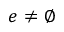
e \neq \emptyset